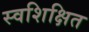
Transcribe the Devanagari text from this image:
स्वशिक्षित